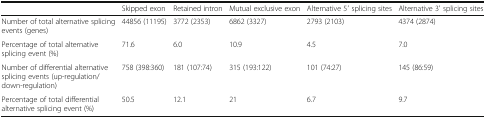
|  | Skipped exon | Retained intron | Mutual exclusive exon | Alternative 5′ splicing sites | Alternative 3′ splicing sites |
 | --- | --- | --- | --- | --- | --- |
 | Number of total alternative splicing events (genes) | 44856 (11195) | 3772 (2353) | 6862 (3327) | 2793 (2103) | 4374 (2874) |
 | Percentage of total alternative splicing event (%) | 71.6 | 6.0 | 10.9 | 4.5 | 7.0 |
 | Number of differential alternative splicing events (up-regulation/down-regulation) | 758 (398:360) | 181 (107:74) | 315 (193:122) | 101 (74:27) | 145 (86:59) |
 | Percentage of total differential alternative splicing event (%) | 50.5 | 12.1 | 21 | 6.7 | 9.7 |